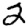
Digit: 2